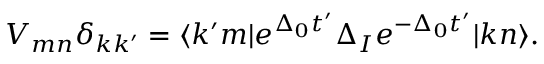
V _ { m n } \delta _ { k k ^ { \prime } } = \langle k ^ { \prime } m | e ^ { \Delta _ { 0 } t ^ { \prime } } \Delta _ { I } e ^ { - \Delta _ { 0 } t ^ { \prime } } | k n \rangle .